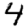
Digit: 4